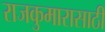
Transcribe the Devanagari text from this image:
राजकुमारासाठी